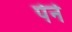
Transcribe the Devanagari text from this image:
पेने